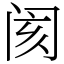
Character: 阂